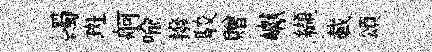
蠲斑舸喻撥駮贈巘纈載頌